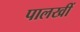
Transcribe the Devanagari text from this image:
पालखीं